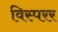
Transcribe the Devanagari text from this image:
विस्परर